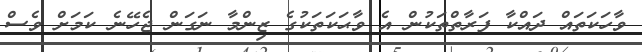
ވާހަކަތައް ދައްކާ ފަރާތްތަކުން އެ ވާޙަކަތަކުގެ ޒިންމާ ނަގަން ޖެހޭނެ ކަމަށް ވެސް